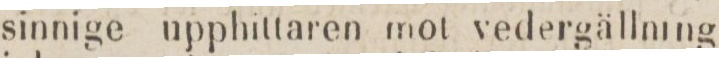
sinnige uppnittaren mot vedergällning